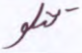
تتلو